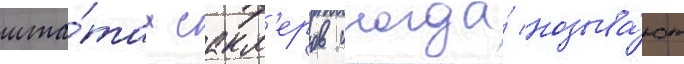
шта́тах сакл'еров иногда́ называ́ют